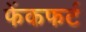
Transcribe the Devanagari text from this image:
फेंकफर्ट